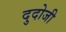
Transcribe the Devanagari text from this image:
दुदोजी